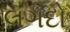
લગદો